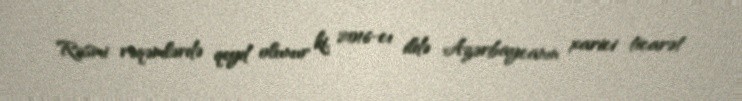
Rəsmi rəqəmlərdə qeyd olunur ki, 2016-cı ildə Azərbaycanın xarici ticarət